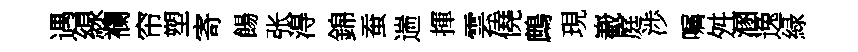
遇線襴帘塑寄餳张淂錦蚕遄揮雲僥鷓現嶻庭渉嘱舛溷逸緑